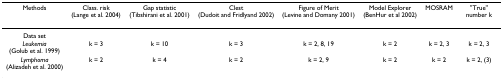
<table><thead><tr><td><b>Methods</b></td><td><b>Class. risk (Lange et al. 2004)</b></td><td><b>Gap statistic (Tibshirani et al. 2001)</b></td><td><b>Clest (Dudoit and Fridlyand 2002)</b></td><td><b>Figure of Merit (Levine and Domany 2001)</b></td><td><b>Model Explorer (BenHur et al 2002)</b></td><td><b>MOSRAM</b></td><td><b>&quot;True&quot; number k</b></td></tr></thead><tbody><tr><td>Data set</td><td></td><td></td><td></td><td></td><td></td><td></td><td></td></tr><tr><td><i>Leukemia </i>(Golub et al. 1999)</td><td>k = 3</td><td>k = 10</td><td>k = 3</td><td>k = 2, 8, 19</td><td>k = 2</td><td>k = 2, 3</td><td>k = 2, 3</td></tr><tr><td><i>Lymphoma </i>(Alizadeh et al. 2000)</td><td>k = 2</td><td>k = 4</td><td>k = 2</td><td>k = 2, 9</td><td>k = 2</td><td>k = 2</td><td>k = 2, (3)</td></tr></tbody></table>